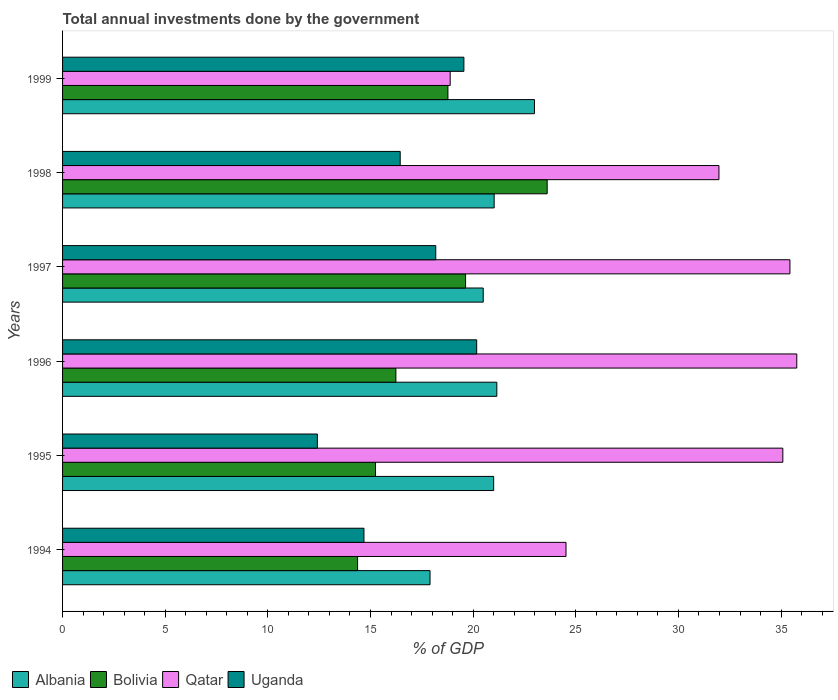
| Years | Albania | Bolivia | Qatar | Uganda |
 | --- | --- | --- | --- | --- |
 | 1994 | 17.9 | 14.4 | 24.5 | 14.7 |
 | 1995 | 21 | 15.2 | 35.1 | 12.4 |
 | 1996 | 21.2 | 16.2 | 35.8 | 20.2 |
 | 1997 | 20.5 | 19.6 | 35.4 | 18.2 |
 | 1998 | 21 | 23.6 | 32 | 16.4 |
 | 1999 | 23 | 18.8 | 18.9 | 19.5 |